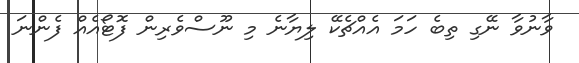
ވާނުވާ ނޭގި ތިބެ ހަމަ އެއްޗެކޭ ލިޔާނެ މި ނޫސްވެރިން ފޮޓޯއެއް ފެންނަ